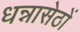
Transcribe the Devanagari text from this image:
धन्नासेठों